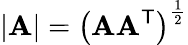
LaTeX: |\mathbf{A}|=\left(\mathbf{A}\mathbf{A}^{\textsf{{T}}}\right)^{\frac{{1}}{{2}}}